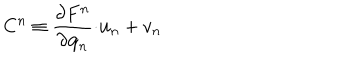
C ^ { n } \equiv \frac { \partial F ^ { n } } { \partial \mathbf { q } _ { n } } \mathbf { \cdot u } _ { n } + v _ { n }